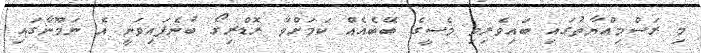
މި ރަސްމިއްޔާތުގައި ބައިވެރިވި މެސީގެ ބޭބެއެއް ކަމަށްވާ ރޮޑްރިގޯ ބުނެފައިވަނީ އެ ނަމޫނާގައި